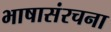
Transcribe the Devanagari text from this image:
भाषासंरचना